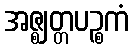
အဇ္ဈတ္တပဉ္စကံ